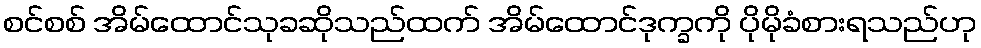
စင်စစ် အိမ်ထောင်သုခဆိုသည်ထက် အိမ်ထောင်ဒုက္ခကို ပိုမိုခံစားရသည်ဟု